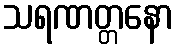
သရဏတ္တနော